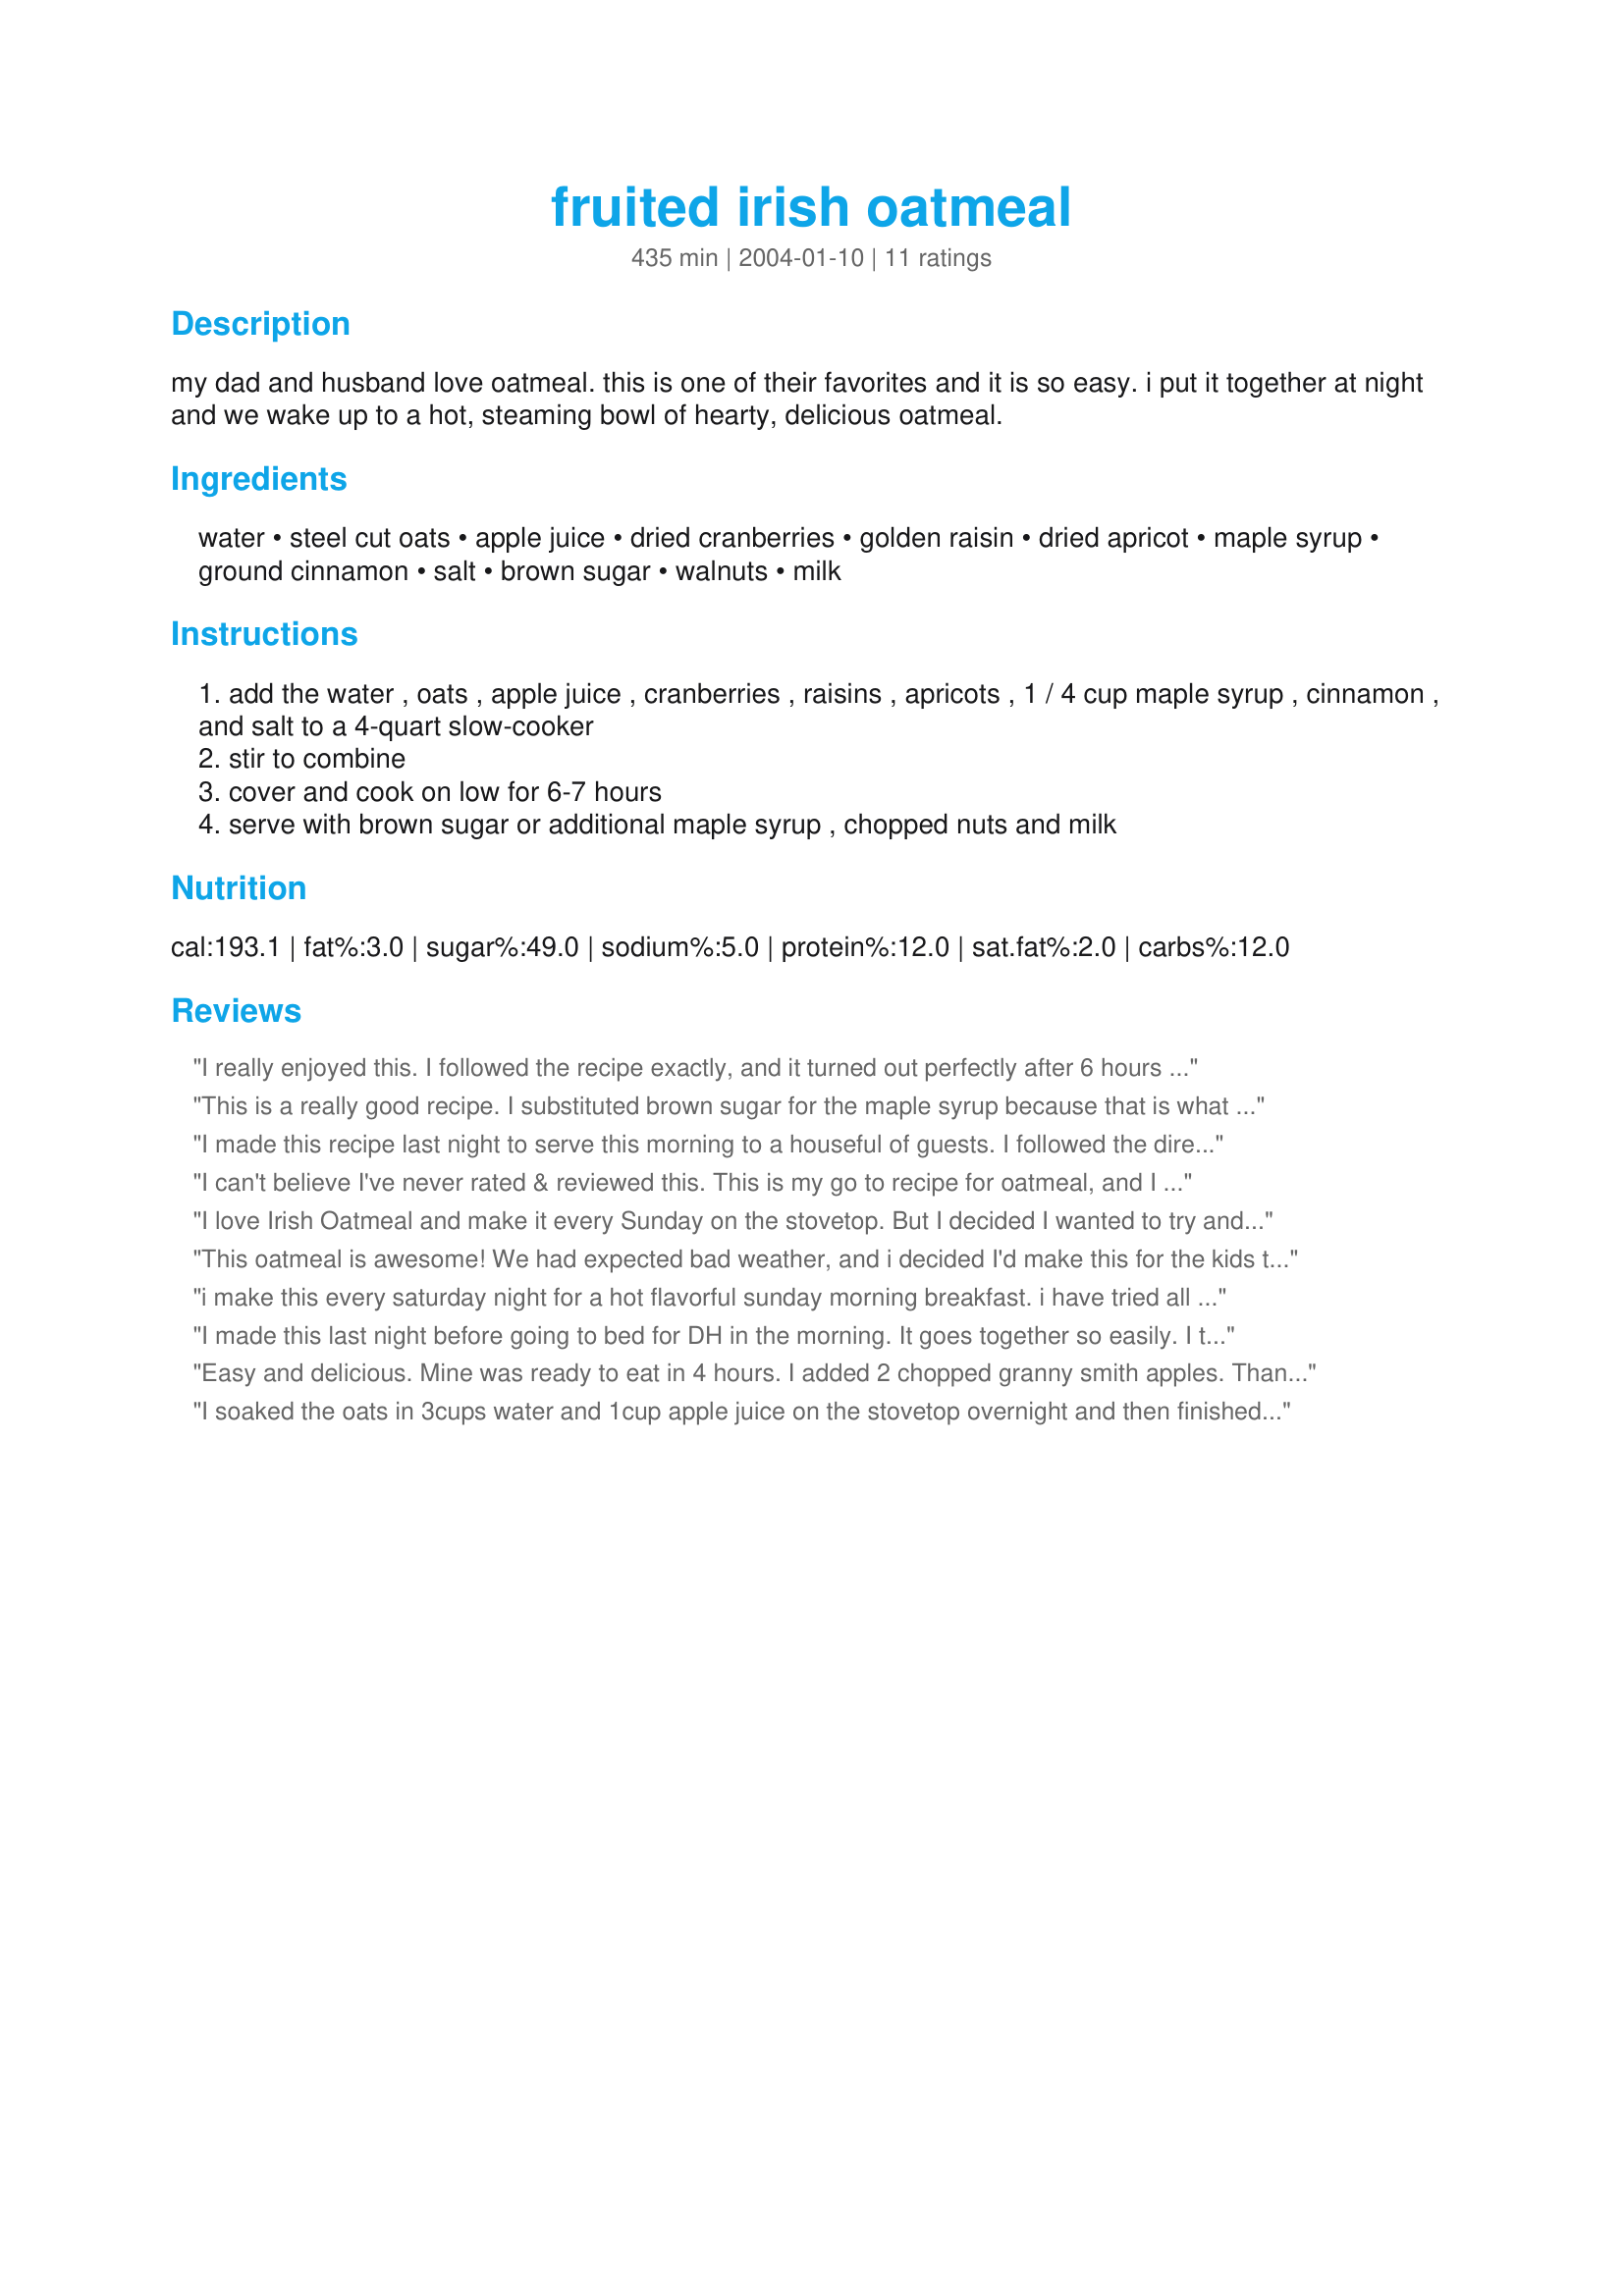
fruited irish oatmeal
Preparation time: 435 minutes

my dad and husband love oatmeal. this is one of their favorites and it is so easy. i put it together at night and we wake up to a hot, steaming bowl of hearty, delicious oatmeal.

Ingredients:
water, steel cut oats, apple juice, dried cranberries, golden raisin, dried apricot, maple syrup, ground cinnamon, salt, brown sugar, walnuts, milk

Steps:
add the water , oats , apple juice , cranberries , raisins , apricots , 1 / 4 cup maple syrup , cinnamon , and salt to a 4-quart slow-cooker
stir to combine
cover and cook on low for 6-7 hours
serve with brown sugar or additional maple syrup , chopped nuts and milk

Reviews:
I really enjoyed this. I followed the recipe exactly, and it turned out perfectly after 6 hours in my crock pot. I did use my very old one, so a newer one would probably be done in less time. Hubby wasn't terribly impressed, but then he didn't put full fat 1/2 & 1/2 on it, like I did. Yummy, warming, and filling.
This is a really good recipe. I substituted brown sugar for the maple syrup because that is what I had on hand and I added chopped up granny smith apples as recommended by another reviewer. It took five hours in my slow cooker but that is probably because it is a six quart one and so it was just under half full. Luckily, I had anticipated this and only programmed it for that long. Definitely a keeper.
I made this recipe last night to serve this morning to a houseful of guests. I followed the directions but I subbed mixed dried berries for the cranberries and raisins and dried apples for the apricots. I used Spenda brown sugar instead of the syrup (b/c I didn't have any).
I turned on the crockpot at 11:30pm and checked it when I got up at 7:45am. The oatmeal was very dry (most likely b/c it cooked longer than 6-7 hours) but added about 1/2 c water and it was perfect.... thick, but perfect consistency for adding milk on top.
I put out chopped walnuts for folks as well as demara sugar, and milk, for folks to help themselves as they got up. Everyone enjoyed it as did I. While this recipe makes too much for one, I will make this again when I have company... it is SO nice to have breakfast ready when you get up. I like being able to sit and talk with folks rather than slave in the kitchen preparing breakfast all morning! The only thing I will change next time is to add a little more water at the start and double the cinnamon (we LOVE cinnamon!). Thanks for sharing this excellent recipe... definitely a keeper!
I can't believe I've never rated & reviewed this. This is my go to recipe for oatmeal, and I can't imagine preparing it any other way.
I love Irish Oatmeal and make it every Sunday on the stovetop. But I decided I wanted to try and overnight version of it since making it on the stovetop takes over half and hour. And this is ready to go when you get up in the morning. This is a fantastic, versatile recipe. I love the addition of apple juice, and in fact did a 4/2 ratio of water to juice.

I did not have dried apricots or golden raisins, so I just used the dried cranberries and regular raisins. Next time I try this, I will do finely chopped apples or maybe dried cherries or dates. 

Top this with a couple tablespoons of buttermilk and some additional cinnamon and brown sugar and you can't beat this! Steel-cut oats are DEFINITELY the way to go!

This oatmeal is awesome! We had expected bad weather, and i decided I'd make this for the kids to have something hot and filling before trudging out into the snow. They LOVED it! I couldn't find steel cut oats in my grocery store, so I used regular old fashioned oats. I put everything except the oatmeal into the pot the night before, to let that all simmer together and added the oats in the morning about an hour before waking everyone. it was perfect! I topped each bowl with toasted walnuts, and brown sugar, and to be extra decadent, I poured on just a splash of cream..The only sound I heard as they ate, was "mmmmmmmm"..Thank you for sharing this recipe!
i make this every saturday night for a hot flavorful sunday morning breakfast. i have tried all types of dried fruits, but apple and golden raisin is my favorite. thank you so much!
I made this last night before going to bed for DH in the morning.
It goes together so easily. I thought I had apricots, but did not so I subbed dried pears, and DH does not like cranberries so I used dried cherries. DH said the flavor was fantastic, but wanted me to let everyone know that is VERY filling and a very thick oatmeal. The only thing I would suggest is to spray your crockpot with Pam for easier cleaning! I was asked to make it again another time so it is a KEEPER!!!
Easy and delicious. Mine was ready to eat in 4 hours. I added 2 chopped granny smith apples. Thanks for another great recipe Nurse Di!
I soaked the oats in 3cups water and 1cup apple juice on the stovetop overnight and then finished it in 5 minutes the next morning, adding the remaining ingredients. I like chewey fruit.
This was sooo and comforting! How easy is it to put everything in a slow cooker and go to bed!! I had never had steel cut oats before but it will be really hard to go back to instant. I used 1/2 cup of golden raisins and 1/4 cup of dried cranberries and in place of the apple juice I used apple berry juice! Great recipe NurseDi!!
